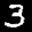
Label: 3